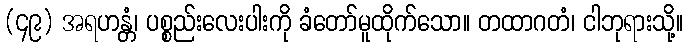
(၄၉) အရဟန္တံ၊ ပစ္စည်းလေးပါးကို ခံတော်မူထိုက်သော။ တထာဂတံ၊ ငါဘုရားသို့။